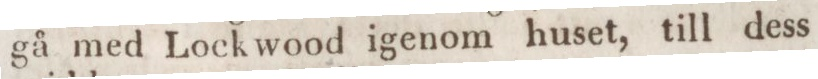
gå med Lock wood igenom huset, till dess